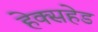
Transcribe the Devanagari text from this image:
हेक्सहेड